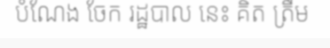
បំណែង ចែក រដ្ឋបាល នេះ គិត ត្រឹម